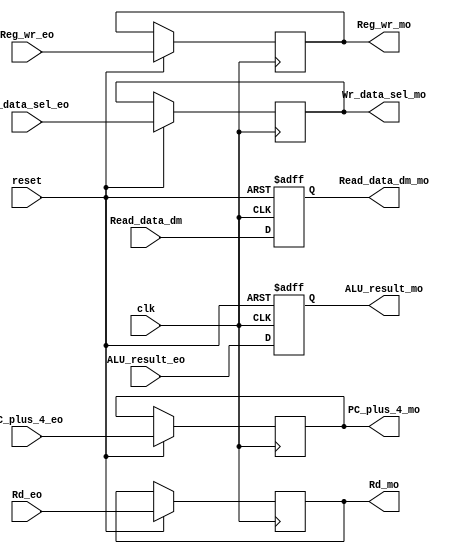
`timescale 1ns / 1ps

//eo=execute stage output (which is MEM stage input)
//mo=MEM stage output

module MEM_WB(

input [31:0] PC_plus_4_eo,                 //PC+4 input to  MEM/WB
input [31:0] Read_data_dm,                 //Read data input to data mem
input [31:0] ALU_result_eo,                 //32 bit ALU result to MEM/WB
input [4:0] Rd_eo,                                //5 bit dest  field to MEM/WB

//input  [4:0] Rs1_eo,                            //5 bit source reg  1 input field to MEM/WB
//input  [4:0] Rs2_eo,                            //5 bit source reg  2 input field to MEM/WB

//Control signal inputs

input [1:0] Wr_data_sel_eo,
input Reg_wr_eo,


input clk,
input reset,

output reg [31:0] PC_plus_4_mo,                 //PC+4 output from  MEM/WB
output reg [31:0] Read_data_dm_mo,                 //Read data output from data mem
output reg [31:0] ALU_result_mo,                 //32 bit ALU result output from MEM/WB
output reg [4:0] Rd_mo,                                //5 bit dest  field output from MEM/WB

//Control signal outputs

output reg [1:0] Wr_data_sel_mo,
output reg Reg_wr_mo
 );
    
    always @(posedge clk, negedge reset)
    begin
    if(reset==0)
    begin
   
//    Wr_data_sel_mo<=0;
//    Reg_wr_mo<=0;
//    Rd_mo<=0;
    ALU_result_mo<=0;
    Read_data_dm_mo<=0;
    
    end
    else
    begin
    
    
    Wr_data_sel_mo<=Wr_data_sel_eo;
    Reg_wr_mo<=Reg_wr_eo;
 
    Read_data_dm_mo<=Read_data_dm;
    Rd_mo<=Rd_eo;
    ALU_result_mo<=ALU_result_eo;
    PC_plus_4_mo<=PC_plus_4_eo;
    

    //Rs1_eo<=Rs1_do;
    //Rs2_eo<=Rs2_do;
    end
    end
endmodule